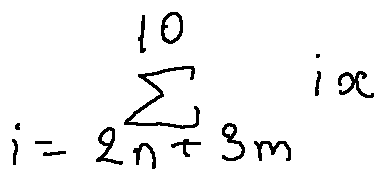
\sum \limits _ { i = 2 n + 3 m } ^ { 1 0 } i x